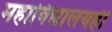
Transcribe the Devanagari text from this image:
महाविद्यालयही